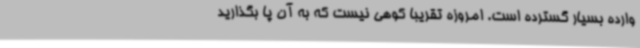
وارده بسیار گسترده‌ است. امروزه تقریبا کوهی نیست که به آن پا بگذارید